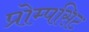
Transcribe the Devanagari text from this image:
प्रोम्पसिट